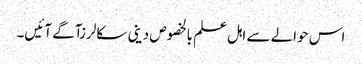
اس حوالے سے اہل علم بالخصوص دینی سکالرزآگے آئیں۔